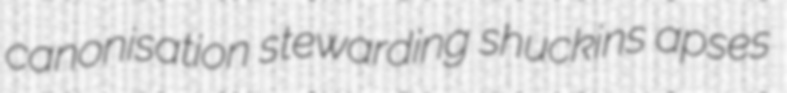
canonisation stewarding shuckins apses